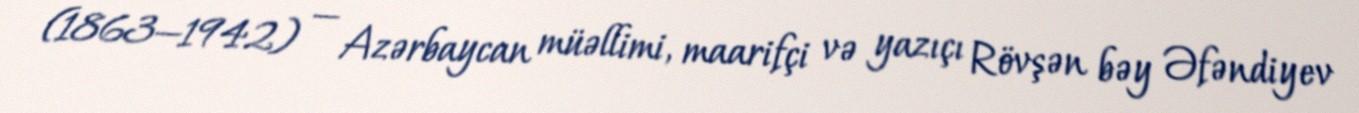
(1863—1942) — Azərbaycan müəllimi, maarifçi və yazıçı Rövşən bəy Əfəndiyev